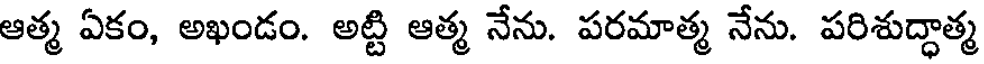
ఆత్మ ఏకం, అఖండం. అట్టి ఆత్మ నేను. పరమాత్మ నేను. పరిశుద్ధాత్మ